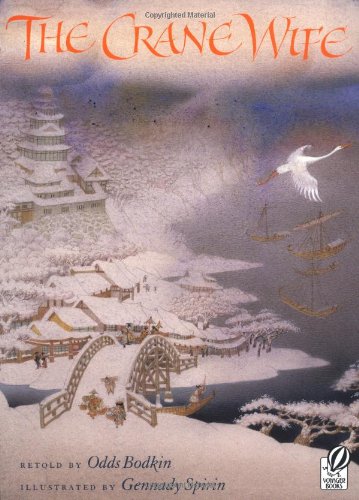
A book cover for The Crane Wife; Odds Bodkin; Children's Books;